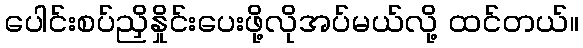
ပေါင်းစပ်ညှိနှိုင်းပေးဖို့လိုအပ်မယ်လို့ ထင်တယ်။